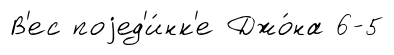
В'ес поjед'и́нк'е Джо́на 6-5